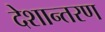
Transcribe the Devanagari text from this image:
देशान्तरण